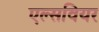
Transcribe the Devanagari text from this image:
एल्सवियर